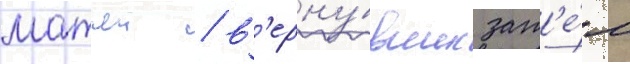
матчеи / в'ерну́вшись зат'е́м